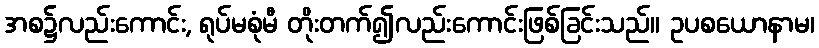
အစ၌လည်းကောင်း, ရုပ်မစုံမီ တိုးတက်၍လည်းကောင်းဖြစ်ခြင်းသည်။ ဥပစယောနာမ၊